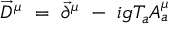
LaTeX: \overrightarrow { D } ^ { \mu } \ = \ \overrightarrow { \partial } ^ { \mu } \ - \ i g T _ { a } A _ { a } ^ { \mu }